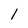
Character: 1